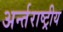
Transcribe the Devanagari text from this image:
अर्न्‍तराष्‍ट्रीय